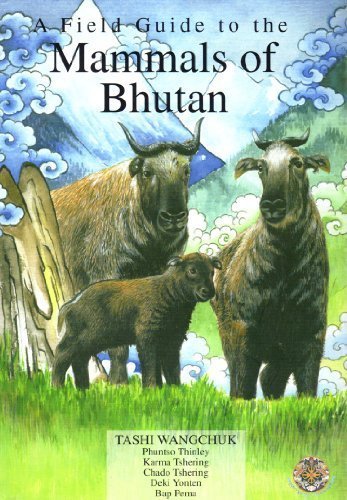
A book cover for A Field Guide to the Mammals of Bhutan; Tashi Wangchuk; Travel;